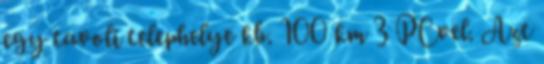
egy tavoli telephelye kb. 100 km 3 PCvel. Azt